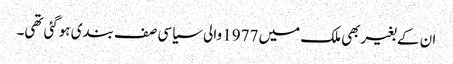
ان کے بغیربھی ملک میں 1977 والی سیاسی صف بندی ہوگئی تھی۔